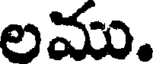
లము.